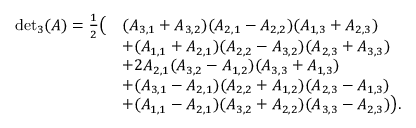
\begin{array} { r l } { { \operatorname* { d e t } } _ { 3 } ( A ) = \frac { 1 } { 2 } \big ( } & { ( A _ { 3 , 1 } + A _ { 3 , 2 } ) ( A _ { 2 , 1 } - A _ { 2 , 2 } ) ( A _ { 1 , 3 } + A _ { 2 , 3 } ) } \\ & { + ( A _ { 1 , 1 } + A _ { 2 , 1 } ) ( A _ { 2 , 2 } - A _ { 3 , 2 } ) ( A _ { 2 , 3 } + A _ { 3 , 3 } ) } \\ & { + 2 A _ { 2 , 1 } ( A _ { 3 , 2 } - A _ { 1 , 2 } ) ( A _ { 3 , 3 } + A _ { 1 , 3 } ) } \\ & { + ( A _ { 3 , 1 } - A _ { 2 , 1 } ) ( A _ { 2 , 2 } + A _ { 1 , 2 } ) ( A _ { 2 , 3 } - A _ { 1 , 3 } ) } \\ & { + ( A _ { 1 , 1 } - A _ { 2 , 1 } ) ( A _ { 3 , 2 } + A _ { 2 , 2 } ) ( A _ { 3 , 3 } - A _ { 2 , 3 } ) \big ) . } \end{array}